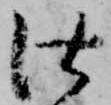
仕